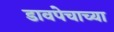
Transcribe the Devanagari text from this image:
डावपेचाच्या